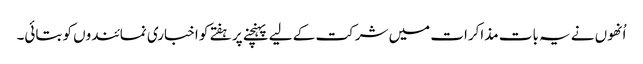
اُنھوں نے یہ بات مذاکرات میں شرکت کے لیے پہنچنے پر ہفتے کو اخباری نمائندوں کو بتائی۔